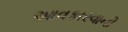
આવકારવાની